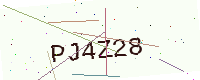
Text: PJ4Z28